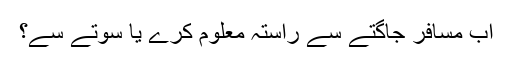
اب مسافر جاگتے سے راستہ معلوم کرے یا سوتے سے؟